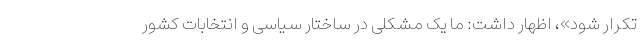
تکرار شود»، اظهار داشت: ما یک مشکلی در ساختار سیاسی و انتخابات کشور